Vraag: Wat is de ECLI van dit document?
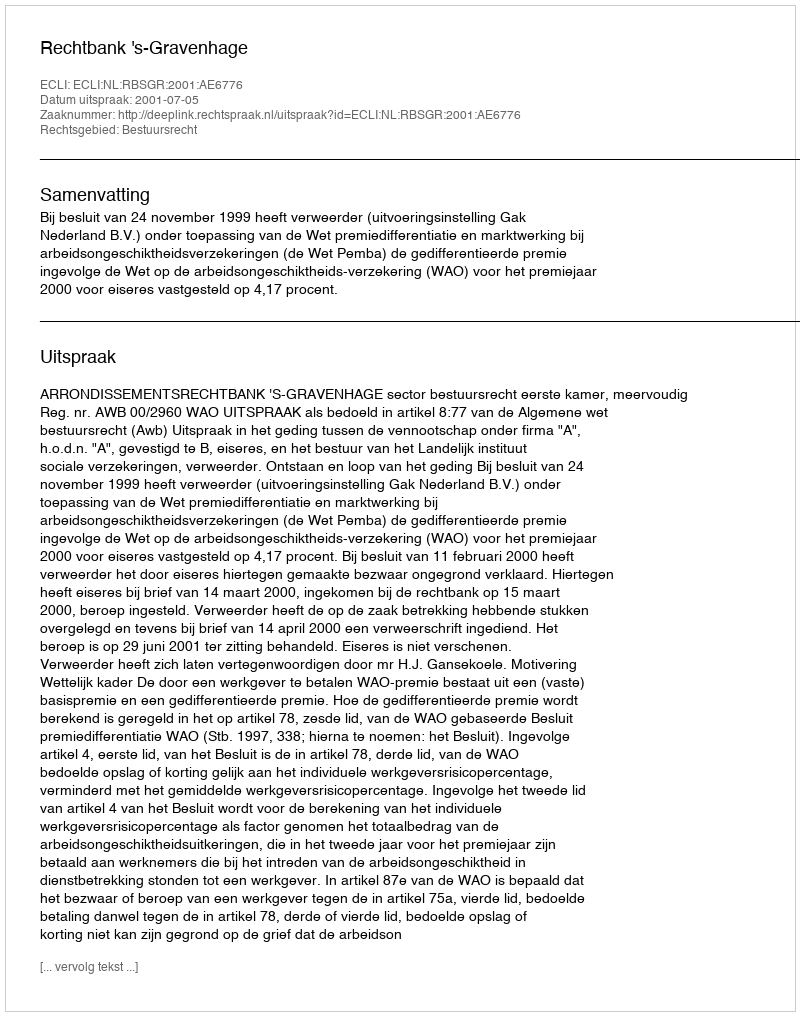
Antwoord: ECLI:NL:RBSGR:2001:AE6776